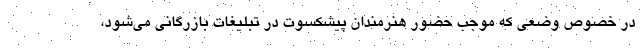
در خصوص وضعی که موجب حضور هنرمندان پیشکسوت در تبلیغات بازرگانی می‌شود،